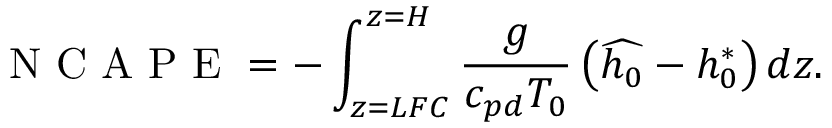
\mathrm { ~ N ~ C ~ A ~ P ~ E ~ } = - \int _ { z = L F C } ^ { z = H } \frac { g } { c _ { p d } T _ { 0 } } \left( \widehat { h _ { 0 } } - h _ { 0 } ^ { * } \right) d z .